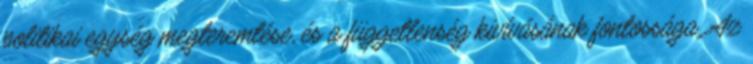
politikai egység megteremtése, és a függetlenség kivívásának fontossága. Az